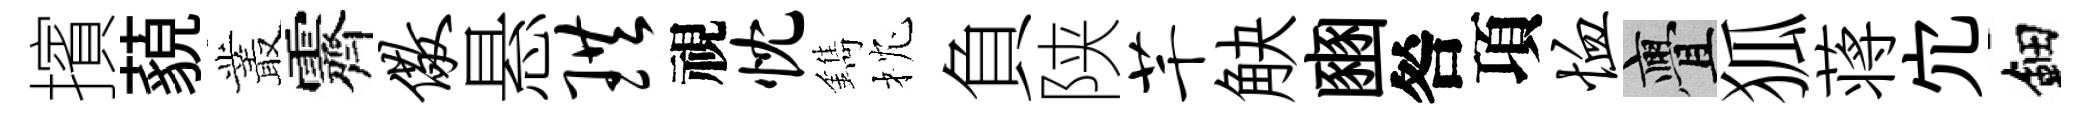
擯藐叢霽儆悬珙視忱鐫枕負陕芊觖豳咎項恤亹狐蒋宂鈿